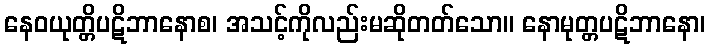
နေဝယုတ္တိပဋိဘာနောစ၊ အသင့်ကိုလည်းမဆိုတတ်သော။ နောမုတ္တပဋိဘာနော၊